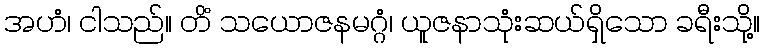
အဟံ၊ ငါသည်။ တိံ သယောဇနမဂ္ဂံ၊ ယူဇနာသုံးဆယ်ရှိသော ခရီးသို့။